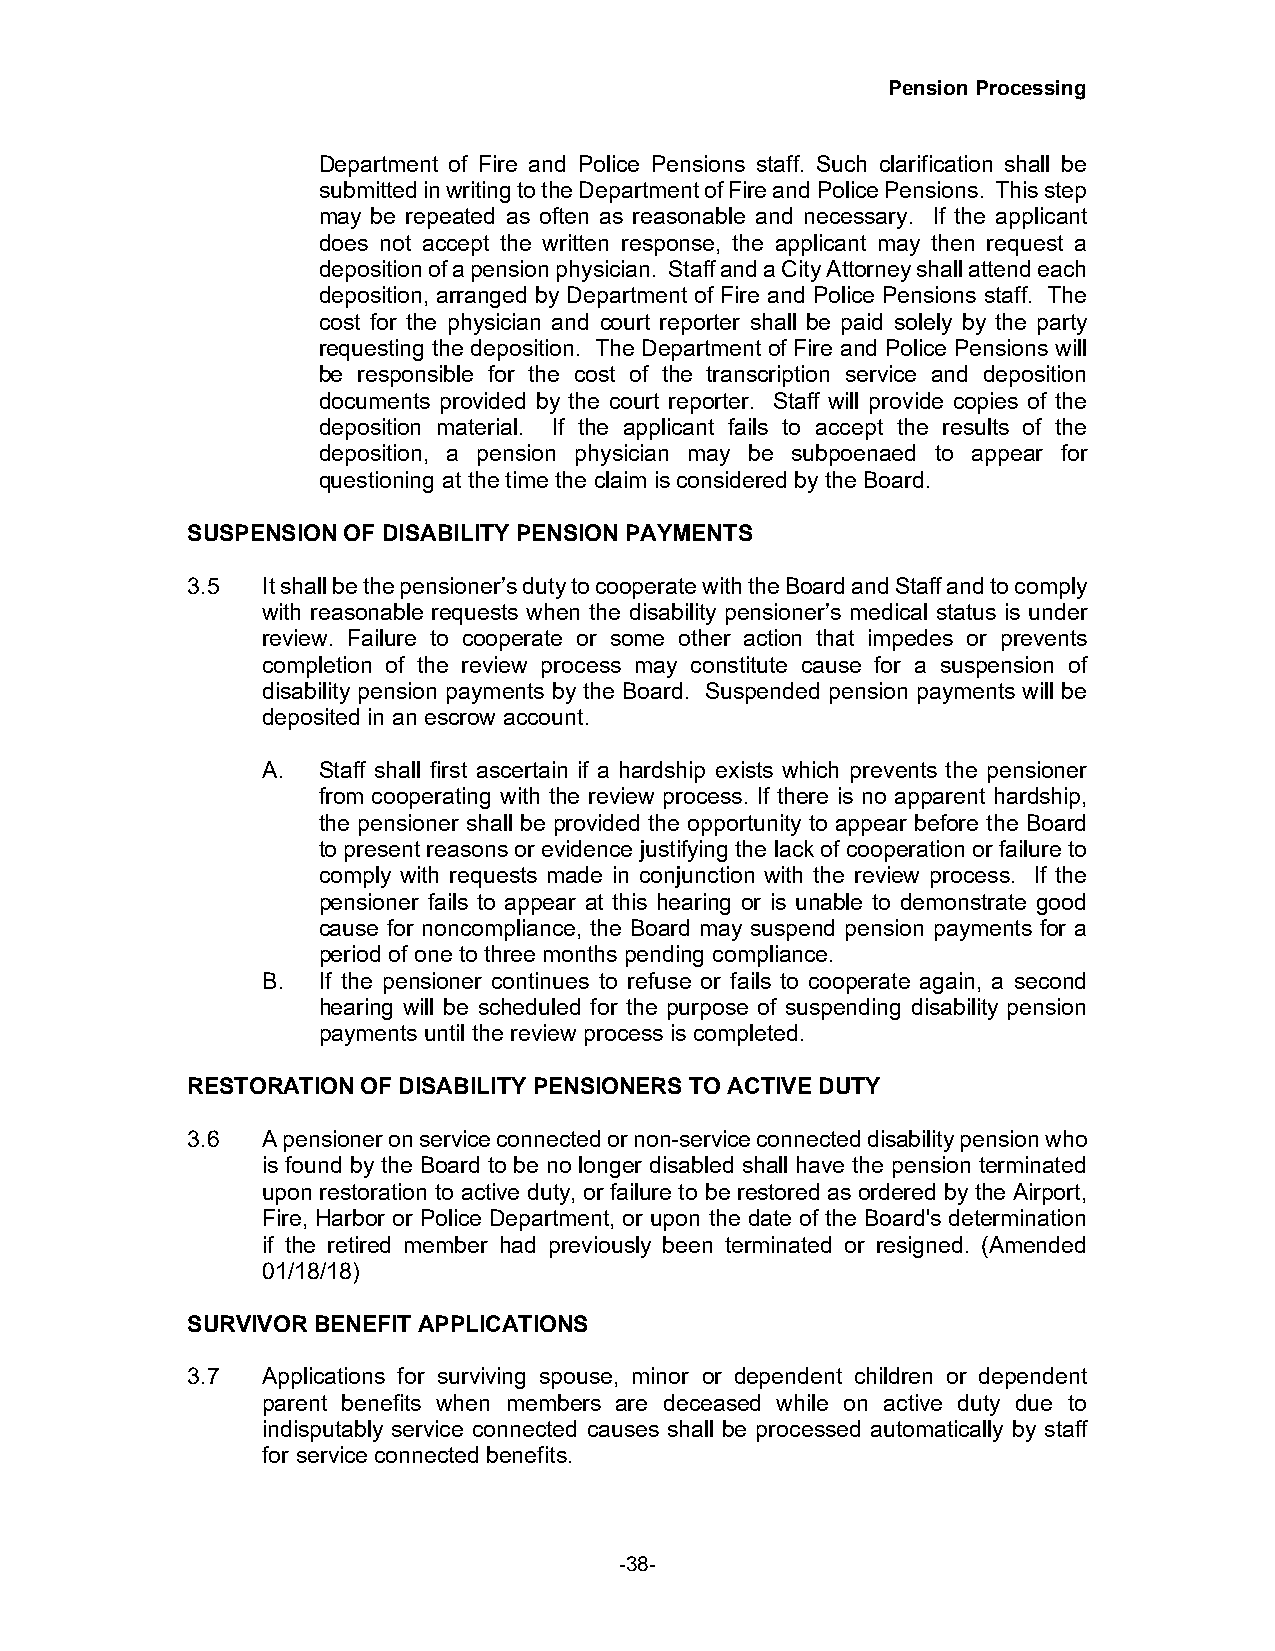
Pension Processing
 Department of Fire and Police Pensions staff. Such clarification shall be
 submitted in writing to the Department of Fire and Police Pensions. This step
 may be repeated as often as reasonable and necessary. If the applicant
 does not accept the written response, the applicant may then request a
 deposition of a pension physician. Staff and a City Attorney shall attend each
 deposition, arranged by Department of Fire and Police Pensions staff. The
 cost for the physician and court reporter shall be paid solely by the party
 requesting the deposition. The Department of Fire and Police Pensions will
 be responsible for the cost of the transcription service and deposition
 documents provided by the court reporter. Staff will provide copies of the
 deposition material. If the applicant fails to accept the results of the
 deposition, a pension physician may be subpoenaed to appear for
 questioning at the time the claim is considered by the Board.
 SUSPENSION OF DISABILITY PENSION PAYMENTS
 3.5  It shall be the pensioner’s duty to cooperate with the Board and Staff and to comply
 with reasonable requests when the disability pensioner’s medical status is under
 review. Failure to cooperate or some other action that impedes or prevents
 completion of the review process may constitute cause for a suspension of
 disability pension payments by the Board. Suspended pension payments will be
 deposited in an escrow account.
 A.  Staff shall first ascertain if a hardship exists which prevents the pensioner
 from cooperating with the review process. If there is no apparent hardship,
 the pensioner shall be provided the opportunity to appear before the Board
 to present reasons or evidence justifying the lack of cooperation or failure to
 comply with requests made in conjunction with the review process. If the
 pensioner fails to appear at this hearing or is unable to demonstrate good
 cause for noncompliance, the Board may suspend pension payments for a
 period of one to three months pending compliance.
 B.  If the pensioner continues to refuse or fails to cooperate again, a second
 hearing will be scheduled for the purpose of suspending disability pension
 payments until the review process is completed.
 RESTORATION OF DISABILITY PENSIONERS TO ACTIVE DUTY
 3.6  A pensioner on service connected or non-service connected disability pension who
 is found by the Board to be no longer disabled shall have the pension terminated
 upon restoration to active duty, or failure to be restored as ordered by the Airport,
 Fire, Harbor or Police Department, or upon the date of the Board's determination
 if the retired member had previously been terminated or resigned. (Amended
 01/18/18)
 SURVIVOR BENEFIT APPLICATIONS
 3.7  Applications for surviving spouse, minor or dependent children or dependent
 parent benefits when members are deceased while on active duty due to
 indisputably service connected causes shall be processed automatically by staff
 for service connected benefits.
 -38-